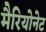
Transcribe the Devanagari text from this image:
मैरियोनेट